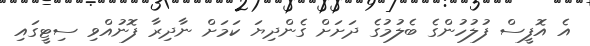
އެ އޮފީސް ފުލުހުންގެ ބެލުމުގެ ދަށަށް ގެންދިޔަ ކަމަށް ނާދިރާ ފޮނުއްވި ސިޓީގައި